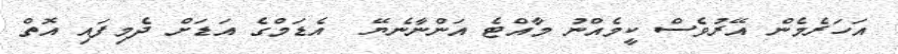
އަހަރެމެން އޭރުވެސް ކީމެއްނު މާއްޓެ އަންނާނެޔޭ  އެޑަމްގެ އަޑަށް ދެމިފައި އޮތް